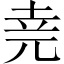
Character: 𫝔